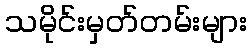
သမိုင်းမှတ်တမ်းများ